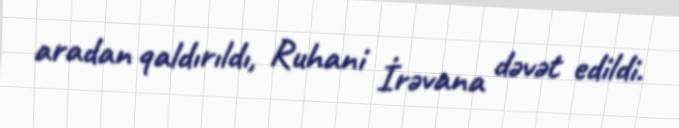
aradan qaldırıldı, Ruhani İrəvana dəvət edildi.